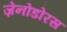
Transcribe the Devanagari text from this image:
ज़ेनोडोरस